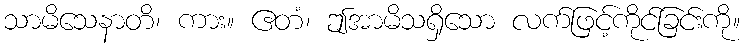
သာမိသေနာတိ၊ ကား။ ဧတံ၊ ဤအာမိသရှိသော လက်ဖြင့်ကိုင်ခြင်းကို။